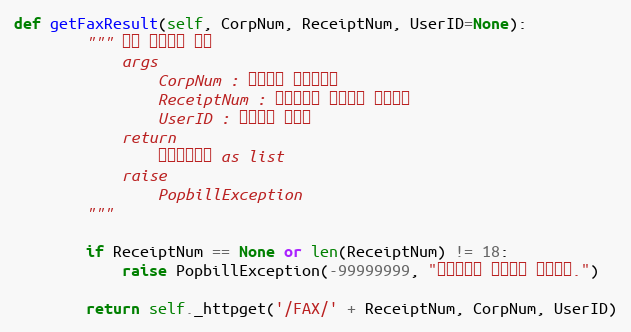
Language: Python
def getFaxResult(self, CorpNum, ReceiptNum, UserID=None):
        """ 팩스 전송결과 조회
            args
                CorpNum : 팝빌회원 사업자번호
                ReceiptNum : 전송요청시 발급받은 접수번호
                UserID : 팝빌회원 아이디
            return
                팩스전송정보 as list
            raise
                PopbillException
        """

        if ReceiptNum == None or len(ReceiptNum) != 18:
            raise PopbillException(-99999999, "접수번호가 올바르지 않습니다.")

        return self._httpget('/FAX/' + ReceiptNum, CorpNum, UserID)